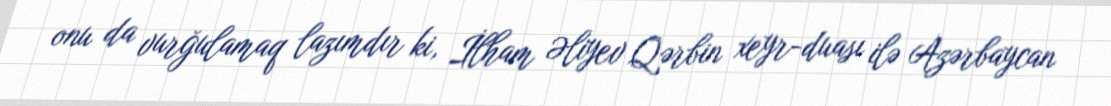
onu da vurğulamaq lazımdır ki, İlham Əliyev Qərbin xeyr-duası ilə Azərbaycan